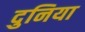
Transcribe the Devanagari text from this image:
दुनिया